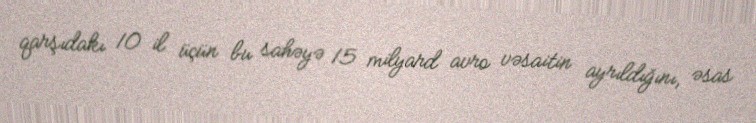
qarşıdakı 10 il üçün bu sahəyə 15 milyard avro vəsaitin ayrıldığını, əsas